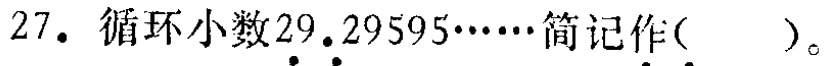
$27.$ 循环小数\(29.29595\cdots\cdots\)简记作(  )。